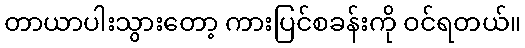
တာယာပါးသွားတော့ ကားပြင်စခန်းကို ဝင်ရတယ်။